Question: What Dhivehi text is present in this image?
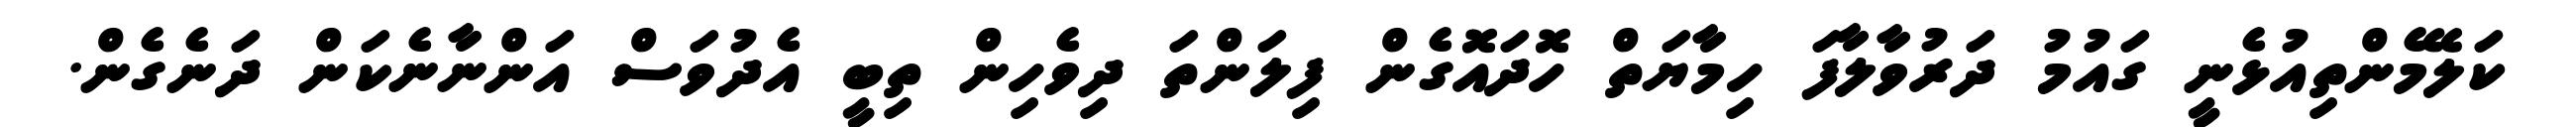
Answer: ކަލޭމެންތިއުޅެނީ ގައުމު ދަރުވާލާފަ ހިމާޔަތް ހޮދައޮގެން ފިލަންތަ ދިވެހިން ތިބީ އެދުވަސް އަންނާނެކަން ދަނެގެން.